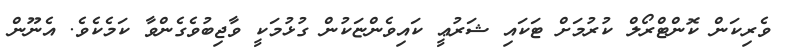
ވެރިކަން ކޮންޓްރޯލް ކުރުމަށް ޓަކައި ޝަރުޢީ ކައިވެންޏަކުން ގުޅުމަކީ ވާޖިބުވެގެންވާ ކަމެކެވެ. އެނޫން